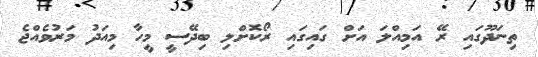
ތިނަދޫގައި ރޭ އަމިއްލަ އަށް ގައިގައި ރޯކޮށްލި ބިދޭސީ މީހާ މިއަދު މަރުވެއްޖެ